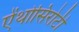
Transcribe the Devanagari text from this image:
ऐंथोसिरोटी